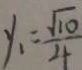
y _ { 1 } = \frac { \sqrt { 1 0 } } { 4 }